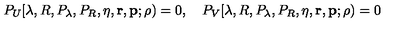
P _ { U } [ \lambda , R , P _ { \lambda } , P _ { R } , \eta , { \mathbf r } , { \mathbf p } ; \rho ) = 0 , \quad P _ { V } [ \lambda , R , P _ { \lambda } , P _ { R } , \eta , { \mathbf r } , { \mathbf p } ; \rho ) = 0